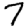
Digit: 7